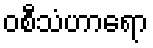
ဝစီသံဟာရော